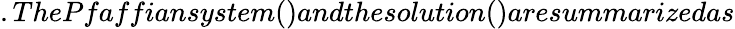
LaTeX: .ThePfaffiansystem()andthesolution()aresummarizedas